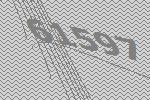
61597